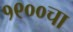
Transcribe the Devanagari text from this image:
१९००चा